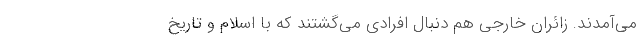
می‌آمدند. زائران خارجی هم دنبال افرادی می‌گشتند که با اسلام و تاریخ